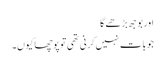
اور بوجھ بڑھے گا
جو بات نہیں کرنی تھی توپوچھاکیوں۔